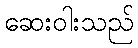
ဆေးဝါးသည်